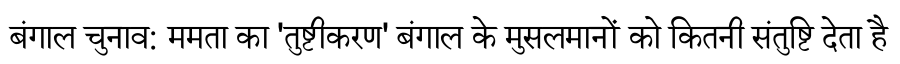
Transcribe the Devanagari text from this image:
बंगाल चुनाव: ममता का 'तुष्टीकरण' बंगाल के मुसलमानों को कितनी संतुष्टि देता है